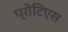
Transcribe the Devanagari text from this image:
प्रोटिएस